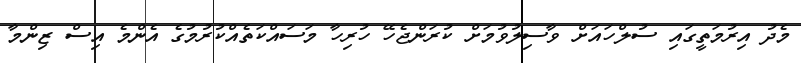
މެދު އިރުމަތީގައި ސުލްހައަށް ވާސިލުވުމަށް ކުރަންޖެހޭ ހުރިހާ މަސައްކަތެއްކުރުމުގެ އެންމެ އިސް ޒިންމާ